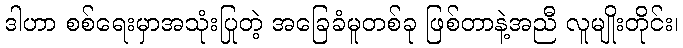
ဒါဟာ စစ်ရေးမှာအသုံးပြုတဲ့ အခြေခံမူတစ်ခု ဖြစ်တာနဲ့အညီ လူမျိုးတိုင်း၊